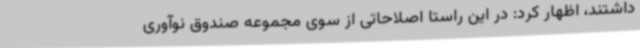
داشتند، اظهار کرد: در این راستا اصلاحاتی از سوی مجموعه صندوق نوآوری